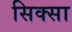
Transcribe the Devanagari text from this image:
सिक्सा